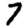
Digit: 7